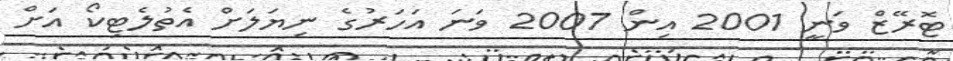
ޓޮރޭޒް ވަނީ 2001 އިން 2007 ވަނަ އަހަރުގެ ނިޔަލަށް އެތުލެޓިކޯ އަށް